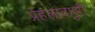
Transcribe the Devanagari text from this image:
प्रहलादपुरी